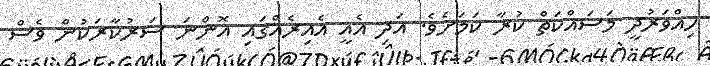
ހިއްވަރުދީ މަސައްކަތް ކުރާ ކަމަށެވެ. އަދި އެއީ އެއިރެއްގައި އޮންނަ ސަރުކާރަކުން ވެސް